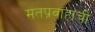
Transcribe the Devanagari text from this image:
मतप्रवाहाची